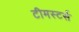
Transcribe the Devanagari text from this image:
टीमस्टर्स